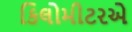
કિલોમીટરએ